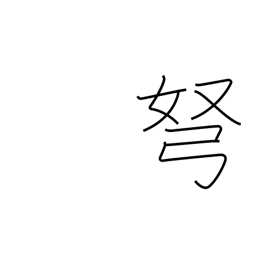
Meaning: bow (arrow)